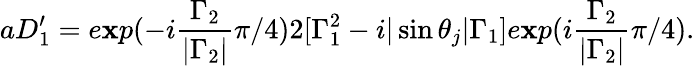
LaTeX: aD_{1}^{\prime}=e\mathbf{x}p(-i\frac{{{\Gamma}_{2}}}{{|{\Gamma}_{2}|}}{\pi}/4)2[{\Gamma}_{1}^{2}-i|\sin{\theta}_{j}|{\Gamma}_{1}]e\mathbf{x}p(i\frac{{{\Gamma}_{2}}}{{|{\Gamma}_{2}|}}{\pi}/4).